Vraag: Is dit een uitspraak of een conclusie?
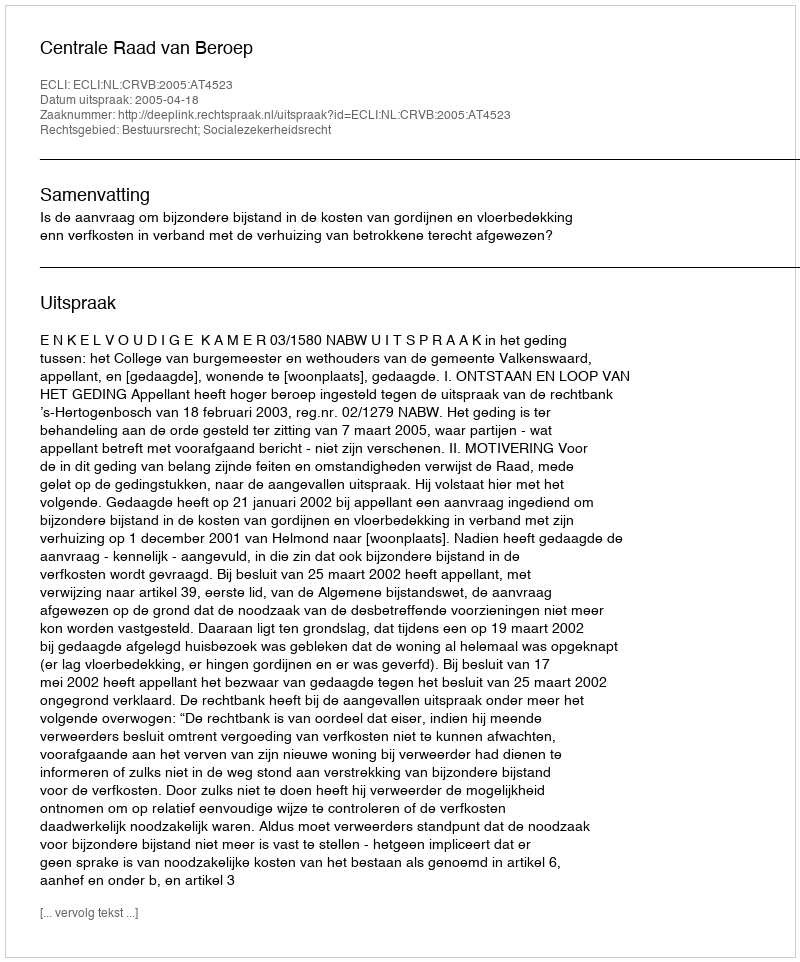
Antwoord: Uitspraak